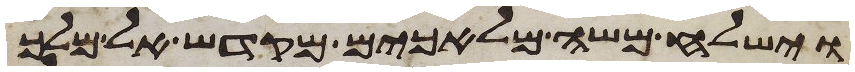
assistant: וישלח משה מלאכים מקדש אל מלך